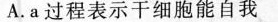
A.a过程表示干细胞能自我